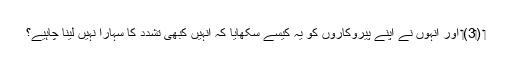
‏ (‏3)‏ اور اُنہوں نے اپنے پیروکاروں کو یہ کیسے سکھایا کہ اُنہیں کبھی تشدد کا سہارا نہیں لینا چاہیے؟